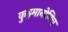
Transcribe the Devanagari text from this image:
कुझ्मानोविच